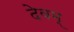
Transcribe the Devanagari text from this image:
देवम्